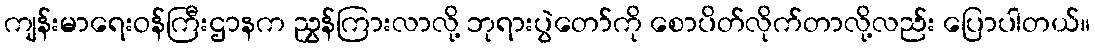
ကျန်းမာရေးဝန်ကြီးဌာနက ညွှန်ကြားလာလို့ ဘုရားပွဲတော်ကို စောပိတ်လိုက်တာလို့လည်း ပြောပါတယ်။